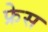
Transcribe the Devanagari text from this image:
फ्रेस